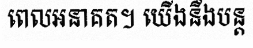
ពេលអនាគត។ យើងនឹងបន្ត